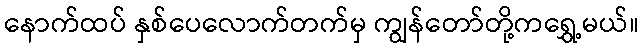
နောက်ထပ် နှစ်ပေလောက်တက်မှ ကျွန်တော်တို့ကရွှေ့မယ်။